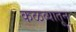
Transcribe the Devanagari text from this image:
कळव्यातून